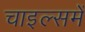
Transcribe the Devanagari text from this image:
चाइल्समें